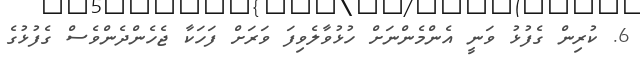
6. ކުރިން ގެފުޅު ވަނީ އެންމެންނަށް ހުޅުވާލެވިފަ ވަރަށް ފަހަކާ ޖެހެންދެންވެސް ގެފުޅުގެ